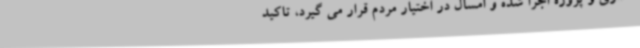
گذاری و پروژه اجرا شده و امسال در اختیار مردم قرار می گیرد، تاکید